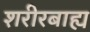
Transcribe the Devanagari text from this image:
शरीरबाह्य